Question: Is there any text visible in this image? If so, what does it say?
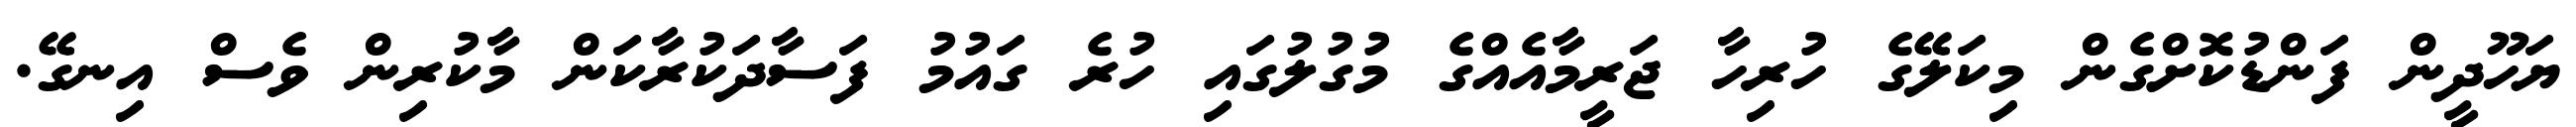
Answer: ޔަހޫދީން ފަންޑުކޮށްގެން މިކަލޭގެ ހުރިހާ ޖަރީމާއެއްގެ މުގުލުގައި ހުރެ ގައުމު ފަސާދަކުރާކަން މާކުރިން ވެސް އިނގޭ.